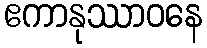
ဧကာနုဿာဝနေ